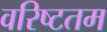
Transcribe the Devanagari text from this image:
वरिष्‍टतम